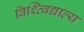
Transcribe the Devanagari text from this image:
विश्व्विद्याल्य